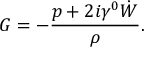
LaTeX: { \cal G } = - \frac { p + 2 i \gamma ^ { 0 } \dot { W } } { \rho } .